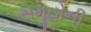
સમૂહોની